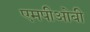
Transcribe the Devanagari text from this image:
एमपीओबी